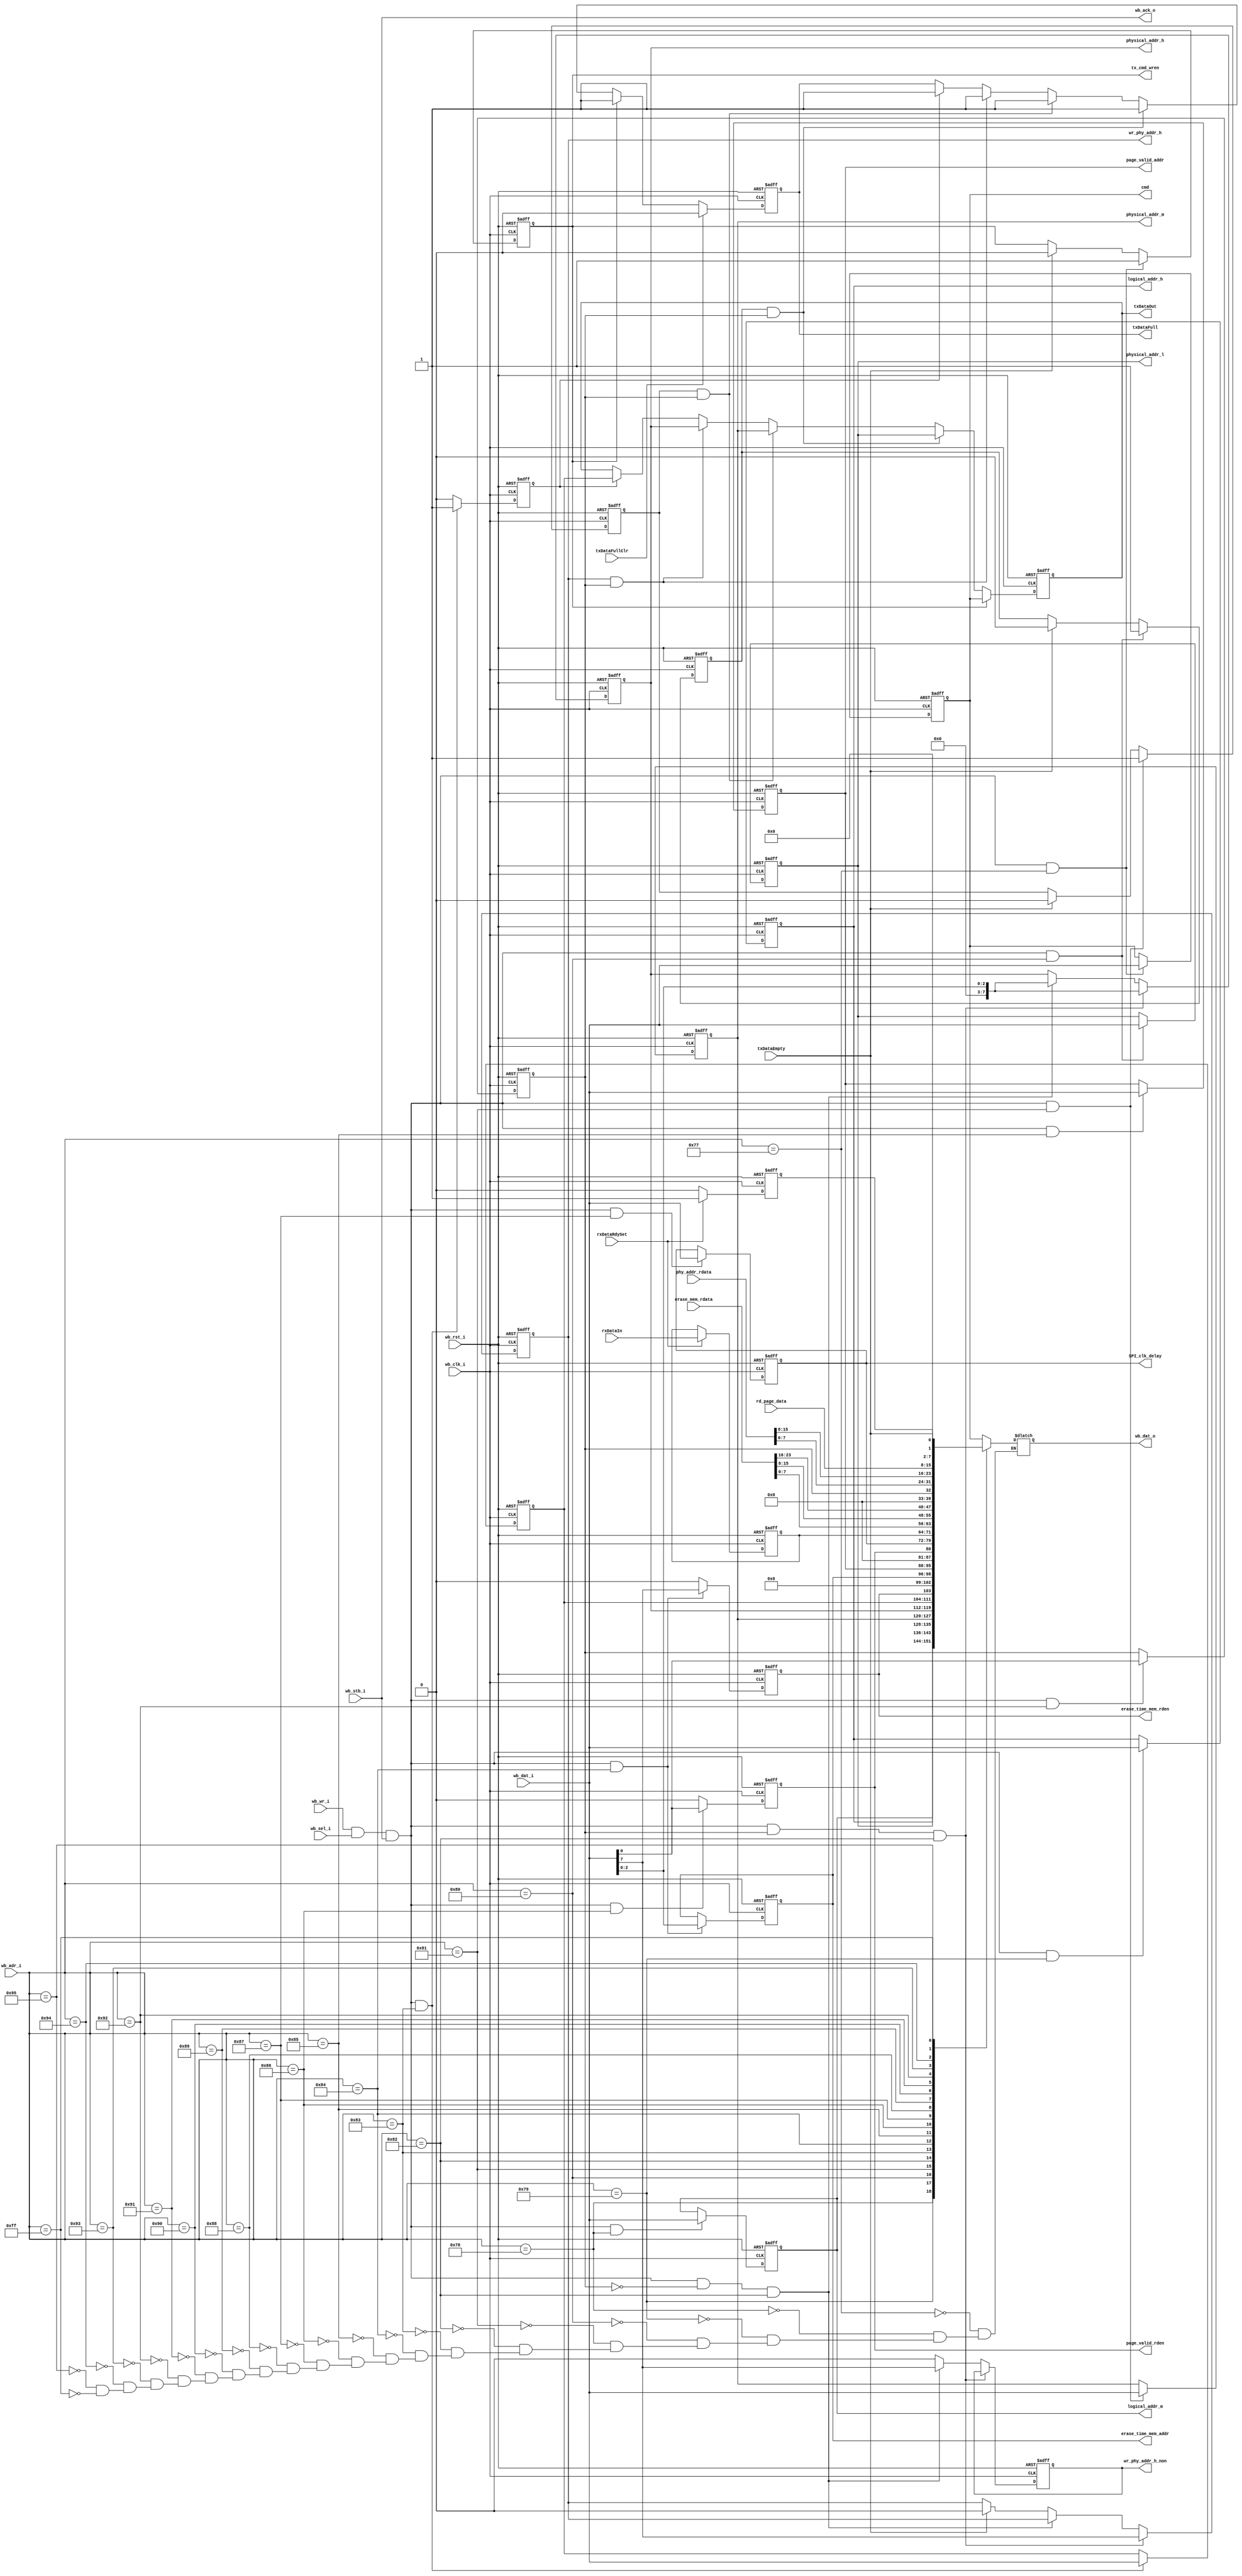
module spi_ctrl_wb_int
			(
			//global interface
			input 						wb_clk_i,
			input 						wb_rst_i,
			//slave wishbone interface
			input 		 				wb_sel_i,
			input			 				wb_wr_i,
			input[7:0] 				wb_adr_i,
			input[7:0] 				wb_dat_i,
			output reg[7:0] 	wb_dat_o,
			input 						wb_stb_i,
			output reg				wb_ack_o,

			//Spi tx data
			output reg[7:0] 	txDataOut,
			output reg				txDataFull,
			input							txDataEmpty,

			//Spi rx data
			input[7:0] 				rxDataIn,
			input			 				rxDataRdySet,

			//Interface to command check block
			output reg				tx_cmd_wren,
			output reg[7:0]		cmd,

			//Interface to logical address map to physical address
			//output reg[7:0]		logical_addr_l,
			output reg[7:0]		logical_addr_m,
			output reg[7:0]		logical_addr_h,

			output reg[7:0]		physical_addr_l,
			output reg[7:0]		physical_addr_m,
			output reg[7:0]		physical_addr_h,
			output reg 				wr_phy_addr_h_non,

			//output reg      	wr_phy_addr_l,
			//output reg      	wr_phy_addr_m,
			output reg      	wr_phy_addr_h,
			//Interface  to sector erase time address memory
			output[2:0]				erase_time_mem_addr,
			output						erase_time_mem_rden,
			input[23:0]				erase_mem_rdata,

			//Interface to physical address memory
			//output[10:0]			phy_addr,
			//output[0:0]				phy_addr_rden,
			input [15:0]			phy_addr_rdata,

			output[7:0]				page_valid_addr,
			output						page_valid_rden,
			input[7:0]				rd_page_data,
			//output						ufm_sel,
			input							txDataFullClr,
			output[7:0]				SPI_clk_delay
			);
//reg rxDataRdyClr;   
reg wr_phy_addr_l;
reg wr_phy_addr_m;

reg rxDataRdy;
reg[7:0]rxDataOut;
//reg ufm_sel;
reg command_valid;
//write command
wire[7:0] status;
assign		status = {6'b0,rxDataRdy,txDataEmpty};
always @ ( posedge wb_clk_i or posedge wb_rst_i )
begin
		if( wb_rst_i == 1'b1 )
		begin
				cmd 							<= 8'b0;
				tx_cmd_wren				<= 1'b0;
		end
		else
		begin
				if(  wb_wr_i == 1'b1
					&& wb_sel_i == 1'b1
					&& wb_stb_i == 1'b1
					&& wb_adr_i == 8'h77
					)
			  begin
			  		cmd 				<= wb_dat_i;
			  		tx_cmd_wren	<= 1'b1;
			  end
			  else if( txDataEmpty == 1'b1 )
			  begin
			  		tx_cmd_wren	<= 1'b0;
			  end
		end
end
//write logical low address
//always @ ( posedge wb_clk_i or posedge wb_rst_i )
//begin
//		if( wb_rst_i == 1'b1 )
//		begin
//				logical_addr_l			<= 8'b0;
//		end
//		else
//		begin
//				if( wb_wr_i == 1'b1
//					&& wb_sel_i == 1'b1
//					&& wb_stb_i == 1'b1
//					&& wb_adr_i == 8'h1
//					)
//			  begin
//			  		logical_addr_l	<= wb_dat_i;
//			  end
//		end
//end
//write logical middle address
always @ ( posedge wb_clk_i or posedge wb_rst_i )
begin
		if( wb_rst_i == 1'b1 )
		begin
				logical_addr_m <= 8'b0;
		end
		else
		begin
				if( wb_wr_i == 1'b1
					&& wb_sel_i == 1'b1
					&& wb_stb_i == 1'b1
					&& wb_adr_i == 8'h78
					)
			  begin
			  		logical_addr_m <= wb_dat_i;
			  end
		end
end
//write logical high address
always @ ( posedge wb_clk_i or posedge wb_rst_i )
begin
		if( wb_rst_i == 1'b1 )
		begin
				logical_addr_h <= 8'b0;
		end
		else
		begin
				if( wb_wr_i == 1'b1
					&& wb_sel_i == 1'b1
					&& wb_stb_i == 1'b1
					&& wb_adr_i == 8'h79
					)
			  begin
			  		logical_addr_h <= wb_dat_i;
			  end
		end
end
//write physical low address
always @ ( posedge wb_clk_i or posedge wb_rst_i )
begin
		if( wb_rst_i == 1'b1 )
		begin
				physical_addr_l			<= 8'b0;
				wr_phy_addr_l				<= 1'b0;
		end
		else
		begin
				if( wb_wr_i == 1'b1
					&& wb_sel_i == 1'b1
					&& wb_stb_i == 1'b1
					&& wb_adr_i == 8'h80
					)
			  begin
			  		physical_addr_l 	<= wb_dat_i;
			  		wr_phy_addr_l	<= 1'b1;
			  end
			  else if( txDataEmpty == 1'b1 )
			  begin
			  		wr_phy_addr_l		<= 1'b0;
			  end
		end
end
//write physical middle address
always @ ( posedge wb_clk_i or posedge wb_rst_i )
begin
		if( wb_rst_i == 1'b1 )
		begin
				physical_addr_m			<= 8'b0;
				wr_phy_addr_m				<= 1'b0;
		end
		else
		begin
				if( wb_wr_i == 1'b1
					&& wb_sel_i == 1'b1
					&& wb_stb_i == 1'b1
					&& wb_adr_i == 8'h81
					)
			  begin
			  		physical_addr_m 			<= wb_dat_i;
			  		wr_phy_addr_m				<= 1'b1;
			  end
			  else if( txDataEmpty == 1'b1 )
			  begin
			  		wr_phy_addr_m				<= 1'b0;
			  end
		end
end
//write physical high address
always @ ( posedge wb_clk_i or posedge wb_rst_i )
begin
		if( wb_rst_i == 1'b1 )
		begin
				physical_addr_h			<= 8'b0;
				wr_phy_addr_h				<= 1'b0;
				wr_phy_addr_h_non			<= 1'b0;
		end
		else
		begin
				if( wb_wr_i == 1'b1
					&& wb_sel_i == 1'b1
					&& wb_stb_i == 1'b1
					&& command_valid == 1'b1
					&& wb_adr_i == 8'h82
					)
			  begin
			  		physical_addr_h 		<= {5'b0,wb_dat_i[2:0]};
			  		wr_phy_addr_h				<= wb_dat_i[7];
			  end
			  else if(
					wb_wr_i == 1'b1
					&& wb_sel_i == 1'b1
					&& wb_stb_i == 1'b1
					&& command_valid == 1'b0
					&& wb_adr_i == 8'h82)
			  begin
						physical_addr_h 			<= {5'b0,wb_dat_i[2:0]};
			  		wr_phy_addr_h_non			<= wb_dat_i[7];
				end
			  else if( txDataEmpty == 1'b1 )
			  begin
			  		wr_phy_addr_h				<= 1'b0;
			  		wr_phy_addr_h_non			<= 1'b0;
			  end
				else
				begin
				 		wr_phy_addr_h_non			<= 1'b0;
				end
		end
end
//write data
reg write_data_wren;
reg[7:0] write_data;
always @( posedge wb_clk_i or posedge wb_rst_i )
begin
		if( wb_rst_i == 1'b1 )
		begin
				write_data_wren	<= 1'b0;
				write_data			<= 8'b0;
		end
		else
		begin
				if( wb_wr_i == 1'b1
					&& wb_sel_i == 1'b1
					&& wb_stb_i == 1'b1
					&& wb_adr_i == 8'h83
					)
			  begin
			  		write_data 			<= wb_dat_i;
						write_data_wren	<= 1'b1;
			  end
			  else
			  begin
			  		write_data_wren	<= 1'b0;
			  end
		end
end
//--
always @( posedge wb_clk_i or posedge wb_rst_i )
begin
		if( wb_rst_i == 1'b1 )
		begin
				txDataOut 	<= 8'h00;
  	  	txDataFull 	<= 1'b0;
		end
		else
		begin
				if( tx_cmd_wren == 1'b1 )
				begin
						txDataOut 	<= cmd;
  	  			txDataFull 	<= 1'b1;
				end
				else if( wr_phy_addr_l == 1'b1 & command_valid == 1'b1 )
				begin
						txDataOut 	<= physical_addr_l;
  	  			txDataFull 	<= 1'b1;
				end
				else if( wr_phy_addr_m == 1'b1 & command_valid == 1'b1 )
				begin
						txDataOut 	<= physical_addr_m;
  	  			txDataFull 	<= 1'b1;
				end
				else if( wr_phy_addr_h == 1'b1 & command_valid == 1'b1 )
				begin
						txDataOut 	<= physical_addr_h;
  	  			txDataFull 	<= 1'b1;
				end
				else if( write_data_wren == 1'b1 )
				begin
						txDataOut		<= write_data;
						txDataFull	<= 1'b1;
				end

				if (txDataFullClr == 1'b1)
  	  	  	txDataFull <= 1'b0;
		end
end
//Read data status monitor statemachine

always @ ( posedge wb_clk_i or posedge wb_rst_i )
begin
  	if (wb_rst_i == 1'b1 )
  	begin
  	  	rxDataOut <= 8'h00;
  	  	rxDataRdy <= 1'b0;
  	end
  	else
  	begin
  	  	if (rxDataRdySet == 1'b1)
  	  	begin
  	  	  	rxDataRdy <= 1'b1;
  	  	  	rxDataOut <= rxDataIn;
  	  	end
  	  	else
  	  	begin
  	  			rxDataRdy <= 1'b0;
  	  	end
  	end
end
//The user reads the sector erase times
reg[2:0] erase_time_mem_addr;
reg[0:0] erase_time_mem_rden;
always @ ( posedge wb_clk_i or posedge wb_rst_i )
begin
		if( wb_rst_i == 1'b1 )
		begin
				erase_time_mem_rden <= 1'b0;
				erase_time_mem_addr <= 3'd0;
		end
		else
		begin
				if( wb_wr_i == 1'b1
					&& wb_sel_i == 1'b1
					&& wb_stb_i == 1'b1
					&& wb_adr_i == 8'h84
					)
			  begin
			  		erase_time_mem_rden		<= wb_dat_i[7];
			  		erase_time_mem_addr 	<= wb_dat_i[2:0];
			  end
			  else
			  begin
			  		erase_time_mem_rden <= 1'b0;
			  end
		end
end
//The user reads the physical address
//reg[10:0] phy_addr;
//reg[0:0]  phy_addr_rden;
//always @ ( posedge wb_clk_i or posedge wb_rst_i )
//begin
//		if( wb_rst_i == 1'b1 )
//		begin
//				phy_addr <= 11'd0;
//				phy_addr_rden <= 1'b0;
//		end
//		else
//		begin
//				if( wb_wr_i == 1'b1
//					&& wb_sel_i == 1'b1
//					&& wb_stb_i == 1'b1
//					&& wb_adr_i == 8'ha
//					)
//			  begin
//			  		phy_addr[7:0]		<= wb_dat_i;
//			  end
//			  else if( wb_wr_i == 1'b1
//					&& wb_sel_i == 1'b1
//					&& wb_stb_i == 1'b1
//					&& wb_adr_i == 8'hb
//					)
//			  begin
//			  		phy_addr[10:8]		<= wb_dat_i[2:0];
//			  		phy_addr_rden			<= wb_dat_i[7];
//			  end
//			  else
//			  begin
//			  		phy_addr_rden <= 1'b0;
//			  end
//		end
//end
//--
//reg[0:0] phy_addr_rden;
//always @ ( posedge wb_clk_i or posedge wb_rst_i )
//begin
//		if( wb_rst_i == 1'b1 )
//		begin
//				phy_addr_rden <= 1'b0;
//		end
//		else
//		begin
//				if( wb_wr_i == 1'b1
//					&& wb_sel_i == 1'b1
//					&& wb_stb_i == 1'b1
//					&& wb_adr_i == 8'hc
//					)
//			  begin
//			  		phy_addr_rden		<= wb_dat_i[0:0];
//			  end
//			  else
//			  begin
//			  		phy_addr_rden <= 1'b0;
//			  end
//		end
//end
//The user reads the page available memory
reg[7:0] page_valid_addr;
always @ ( posedge wb_clk_i or posedge wb_rst_i )
begin
		if( wb_rst_i == 1'b1 )
		begin
				page_valid_addr <= 8'd0;
		end
		else
		begin
				if( wb_wr_i == 1'b1
					&& wb_sel_i == 1'b1
					&& wb_stb_i == 1'b1
					&& wb_adr_i == 8'h85
					)
			  begin
			  		page_valid_addr		<= wb_dat_i;
			  end
		end
end
//--
reg[0:0] page_valid_rden;
always @ ( posedge wb_clk_i or posedge wb_rst_i )
begin
		if( wb_rst_i == 1'b1 )
		begin
				page_valid_rden <= 1'b0;
		end
		else
		begin
				if( wb_wr_i == 1'b1
					&& wb_sel_i == 1'b1
					&& wb_stb_i == 1'b1
					&& wb_adr_i == 8'h86
					)
			  begin
			  		page_valid_rden		<= wb_dat_i[0:0];
			  end
			  else
			  begin
			  		page_valid_rden <= 1'b0;
			  end
		end
end

reg[7:0] SPI_clk_delay;
always @ ( posedge wb_clk_i or posedge wb_rst_i )
begin
		if( wb_rst_i == 1'b1 )
		begin
				SPI_clk_delay <= 8'b0;
		end
		else
		begin
				if(  wb_wr_i 	== 1'b1
					&& wb_sel_i == 1'b1
					&& wb_stb_i == 1'b1
					&& wb_adr_i == 8'h87
					)
			  begin
			  		SPI_clk_delay		<= wb_dat_i;
			  end
		end
end
//This register is used for selecting UFM IP
//always @ ( posedge wb_clk_i or posedge wb_rst_i )
//begin
//	if( wb_rst_i == 1'b1 )
//	begin
//		ufm_sel <= 1'b0;
//	end
//	else
//	begin
//			if(  wb_wr_i 	== 1'b1
//		  && wb_sel_i == 1'b1
//		  && wb_stb_i == 1'b1
//		  && wb_adr_i == 8'h76
//		 	)
//			begin
//					ufm_sel		<= wb_dat_i[0];
//			end
//	end
//end
//command_valid declare
always @ ( posedge wb_clk_i or posedge wb_rst_i )
begin
		if( wb_rst_i == 1'b1 )
		begin
				command_valid <= 1'b0;
		end
		else
		begin
			if(  wb_wr_i 	== 1'b1
					&& wb_sel_i == 1'b1
					&& wb_stb_i == 1'b1
					&& wb_adr_i == 8'h92
				)
			  begin
			  		command_valid		<= wb_dat_i[0];
			  end
		end
end
//generate the acknowledge signal for host
always @ ( wb_stb_i )
begin
		wb_ack_o <= wb_stb_i;
end
//Reading the register data from user
always@( wb_adr_i
				or rxDataRdy
				or rxDataIn
				or rxDataRdySet
				or erase_mem_rdata
				or phy_addr_rdata
				or rd_page_data
				or cmd
				//or logical_addr_l
				or logical_addr_m
				or logical_addr_h
				or physical_addr_l
				or physical_addr_m
				or physical_addr_h
				or wr_phy_addr_l
				or wr_phy_addr_m
				or wr_phy_addr_h
				or SPI_clk_delay
				//or phy_addr
				)
begin
		case( wb_adr_i )
		8'h77: wb_dat_o 	<= cmd;
		//8'h1: wb_dat_o	<= logical_addr_l;
		8'h78:	wb_dat_o	<= logical_addr_m;
		8'h79:	wb_dat_o	<= logical_addr_h;
		8'h80: wb_dat_o	<= physical_addr_l;
		8'h81: wb_dat_o	<= physical_addr_m;
		8'h82: wb_dat_o	<= physical_addr_h;
		8'h83: wb_dat_o	<= write_data;
		8'h84: wb_dat_o	<= {erase_time_mem_rden,4'b0,erase_time_mem_addr};
		//8'h9: wb_dat_o	<= {7'b0,erase_time_mem_rden};
		//8'ha: wb_dat_o	<= phy_addr[7:0];
		//8'hb: wb_dat_o	<= {5'b0,phy_addr[10:8]};
		//8'hc: wb_dat_o	<= {7'b0,phy_addr_rden};
		8'h85: wb_dat_o	<= page_valid_addr;
		8'h86: wb_dat_o	<= {7'b0,page_valid_rden};
		8'h87: wb_dat_o  <= SPI_clk_delay;
		8'h88: wb_dat_o <= rxDataOut;
//		8'h76: wb_dat_o <= {7'b0,ufm_sel};
		8'h89: wb_dat_o <= erase_mem_rdata[7:0];//Change this code
		8'h90: wb_dat_o <= erase_mem_rdata[15:8];
		8'h91: wb_dat_o <= erase_mem_rdata[23:16];
		8'h92: wb_dat_o	<= {7'b0,command_valid};
		8'h93: wb_dat_o <= phy_addr_rdata[7:0];
		8'h94: wb_dat_o <= phy_addr_rdata[15:8];
		8'h95: wb_dat_o <= rd_page_data;
		8'hFF: wb_dat_o <= status;
		endcase
end
endmodule